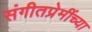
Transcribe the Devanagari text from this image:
संगीतप्रेमींच्या